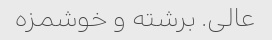
عالی. برشته و خوشمزه